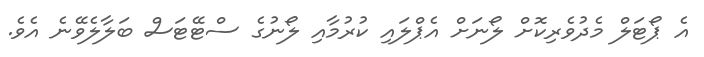
އެ ޕޯޓަލް މެދުވެރިކޮށް ލޯނަށް އެޕްލައި ކުރުމާއި ލޯނުގެ ސްޓޭޓަސް ބަލާލެވޭނެ އެވެ.